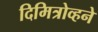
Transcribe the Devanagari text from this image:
दिमित्रोव्हने